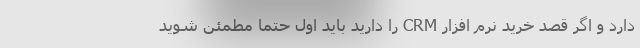
دارد و اگر قصد خرید نرم افزار CRM را دارید باید اول حتما مطمئن شوید